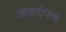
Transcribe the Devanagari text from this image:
अंखरोपण